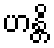
ဟန္တိ